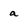
Character: a